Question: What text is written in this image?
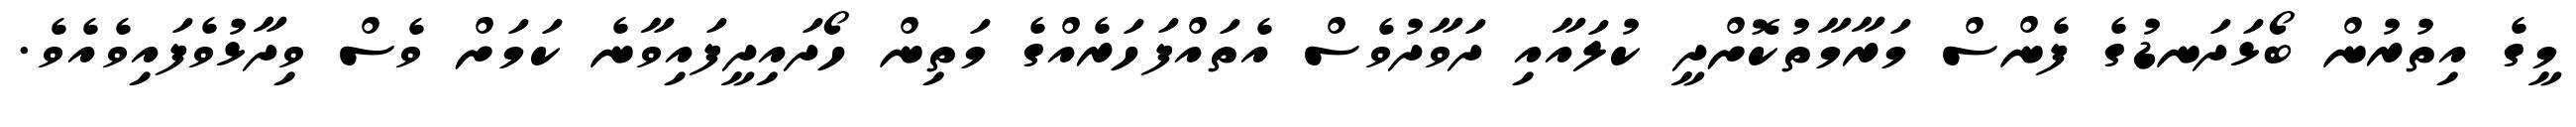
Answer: މީގެ އިތުރުން ބޯޅަދަނޑުގެ ފެންސް މަރާމާތުކޮށްދީ ކުލައާއި ދަވާދުވެސް އެތައްފަހަރެއްގެ މަތިން ހޯދައިދީފައިވާނެ ކަމަށް ވެސް ވިދާޅުވެފައިވެއެވެ.